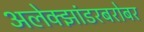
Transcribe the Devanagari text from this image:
अलेक्झांडरबरोबर